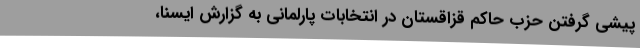
پیشی گرفتن حزب حاکم قزاقستان در انتخابات پارلمانی به گزارش ایسنا،‌